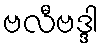
ဗလီဗဒ္ဒါ